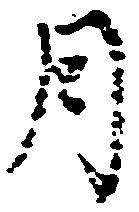
月